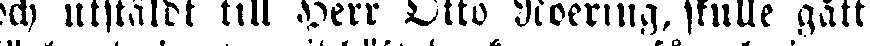
och utstäldt till Herr Otto Noering, skulle gått